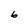
Character: b